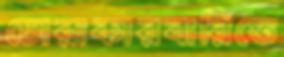
চোরাকারবারিতে